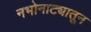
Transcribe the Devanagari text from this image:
नभोनाट्यातून